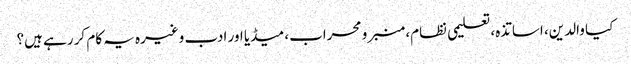
کیا والدین، اساتذہ، تعلیمی نظام، منبر و محراب، میڈیا اور ادب وغیرہ یہ کام کر رہے ہیں؟